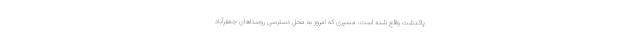
پاکدشت واقع شده است، مسیری که امروز به محل دسترسی روستاهای جعفرآباد